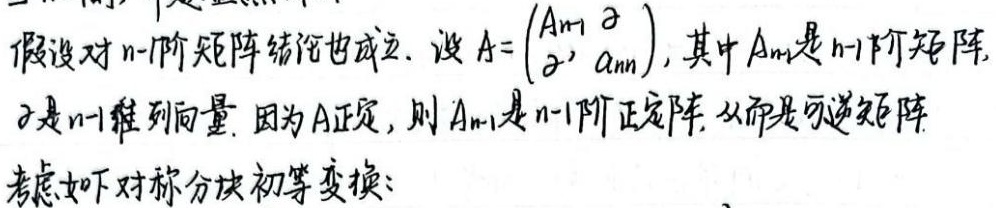
假设对\(n - 1\)阶矩阵结论也成立。设\(A=\begin{pmatrix}A_{n - 1}&\alpha\\\alpha'&a_{nn}\end{pmatrix}\)，其中\(A_{n - 1}\)是\(n - 1\)阶矩阵，\(\alpha\)是\(n - 1\)维列向量。因为\(A\)正定，则\(A_{n - 1}\)是\(n - 1\)阶正定阵，从而是可逆矩阵。考虑如下对称分块初等变换：